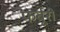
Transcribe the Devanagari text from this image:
फर्बूरी